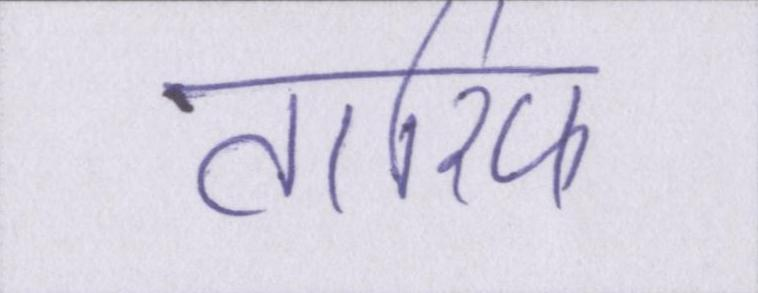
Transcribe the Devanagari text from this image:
तारिफ